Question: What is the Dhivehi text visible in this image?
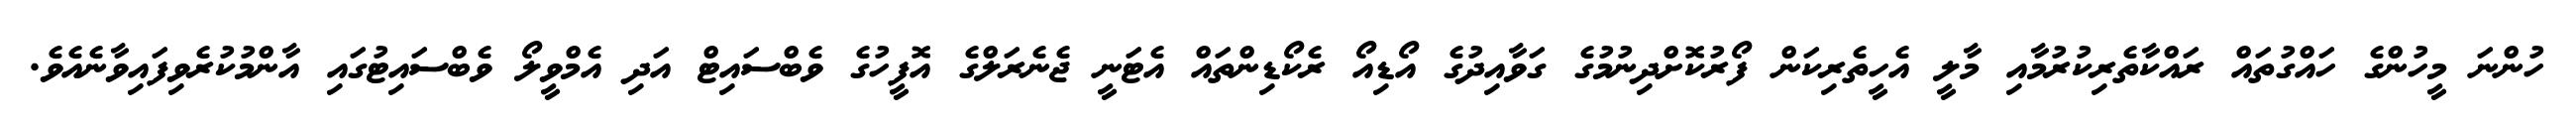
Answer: ހުންނަ މީހުންގެ ހައްގުތައް ރައްކާތެރިކުރުމާއި މާލީ އެހީތެރިކަން ފޯރުކޮށްދިނުމުގެ ގަވާއިދުގެ އޯޑިއޯ ރެކޯޑިންތައް އެޓަނީ ޖެނެރަލްގެ އޮފީހުގެ ވެބްސައިޓް އަދި އެމްވީލޯ ވެބްސައިޓުގައި އާންމުކުރެވިފައިވާނެއެވެ.